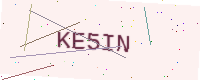
Text: KE5IN